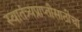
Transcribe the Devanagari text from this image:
स्वातंत्र्यप्राप्तीसाठीचा